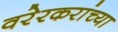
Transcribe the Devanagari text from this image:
वरेरकरांच्या